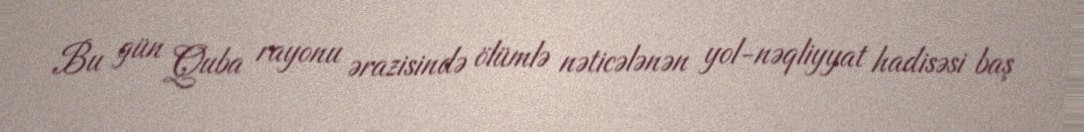
Bu gün Quba rayonu ərazisində ölümlə nəticələnən yol-nəqliyyat hadisəsi baş